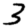
Digit: 3